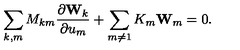
\sum _ { k , m } M _ { k m } \frac { \partial { \bf W } _ { k } } { \partial u _ { m } } + \sum _ { m \ne 1 } K _ { m } { \bf W } _ { m } = 0 .